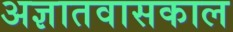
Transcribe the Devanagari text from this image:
अज्ञातवासकाल